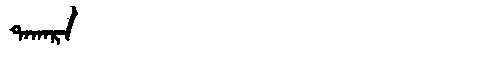
Manchu: ᡨᠠᡴᠠᡵᠠ
Romanization: TAKARA